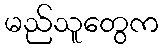
မည်သူတွေက